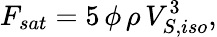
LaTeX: F_{sat}=5\, \phi\, \rho\, V_{S,iso}^{3},